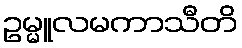
ဥမ္မူလမကာသီတိ